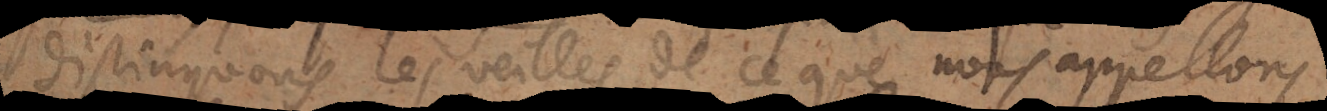
distinguons les veilles de ce que nous appellons